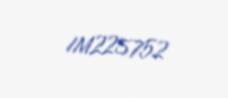
IM225752